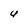
Character: U